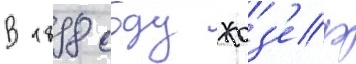
В 1898 году жоз'еф